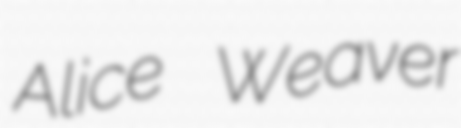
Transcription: Alice Weaver